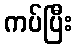
ကပ်ပြီး